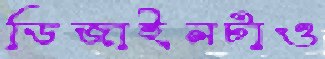
ডিজাইনটাও